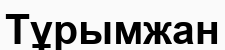
Тұрымжан